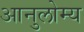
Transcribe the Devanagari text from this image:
आनुलोम्य